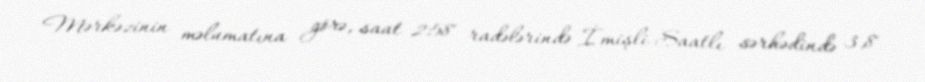
Mərkəzinin məlumatına görə, saat 2:58 radələrində İmişli-Saatlı sərhədində 3,8